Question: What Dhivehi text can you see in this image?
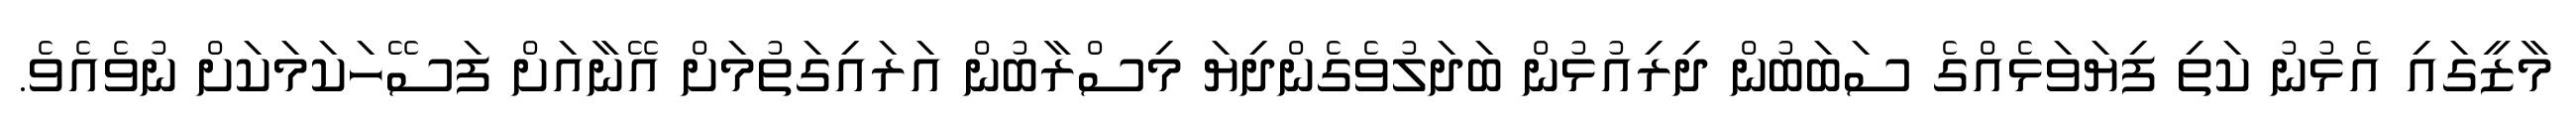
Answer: މާޒީގައި އެޅުނު ކަތި ފިޔަވަޅެއްގެ ސަބަބުން ދިރިއުޅުން ބަދަލުވެގެންދިޔަ މިސްރާބުން އަރައިގަތުމަށް އޭނާއަށް ފަސޭހަކަމަކަށް ނުވެއެވެ.